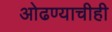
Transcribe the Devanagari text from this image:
ओढण्याचीही